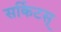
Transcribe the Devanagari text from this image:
सर्किटस्